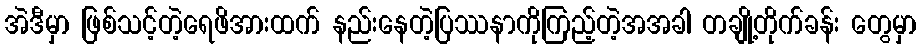
အဲဒီမှာ ဖြစ်သင့်တဲ့ရေဖိအားထက် နည်းနေတဲ့ပြဿနာကိုကြည့်တဲ့အအခါ တချို့တိုက်ခန်း တွေမှာ